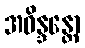
အဝိန္ဒန္တော